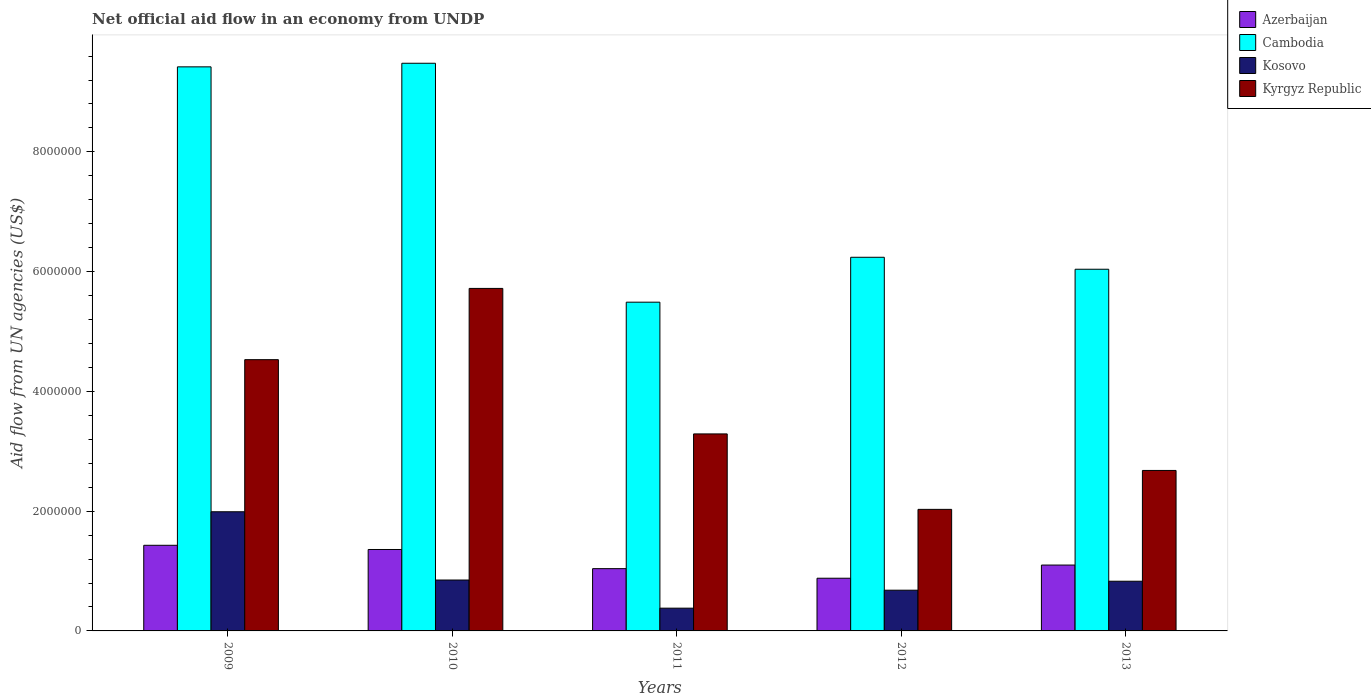
| Years | Azerbaijan | Cambodia | Kosovo | Kyrgyz Republic |
 | --- | --- | --- | --- | --- |
 | 2009 | 1.43e+06 | 9.42e+06 | 1.99e+06 | 4.53e+06 |
 | 2010 | 1.36e+06 | 9.48e+06 | 8.5e+05 | 5.72e+06 |
 | 2011 | 1.04e+06 | 5.49e+06 | 3.8e+05 | 3.29e+06 |
 | 2012 | 8.8e+05 | 6.24e+06 | 6.8e+05 | 2.03e+06 |
 | 2013 | 1.1e+06 | 6.04e+06 | 8.3e+05 | 2.68e+06 |